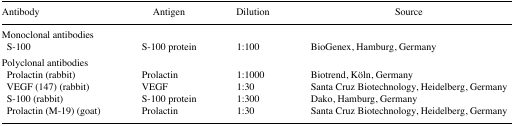
| Antibody | Antigen | Dilution | Source |
 | --- | --- | --- | --- |
 | <COLSPAN=4> Monoclonal antibodies |
 | S-100 | S-100 protein | 1:100 | BioGenex, Hamburg, Germany |
 | <COLSPAN=4> Polyclonal antibodies |
 | Prolactin (rabbit) | Prolactin | 1:1000 | Biotrend, Köln, Germany |
 | VEGF (147) (rabbit) | VEGF | 1:30 | Santa Cruz Biotechnology, Heidelberg, Germany |
 | S-100 (rabbit) | S-100 protein | 1:300 | Dako, Hamburg, Germany |
 | Prolactin (M-19) (goat) | Prolactin | 1:30 | Santa Cruz Biotechnology, Heidelberg, Germany |